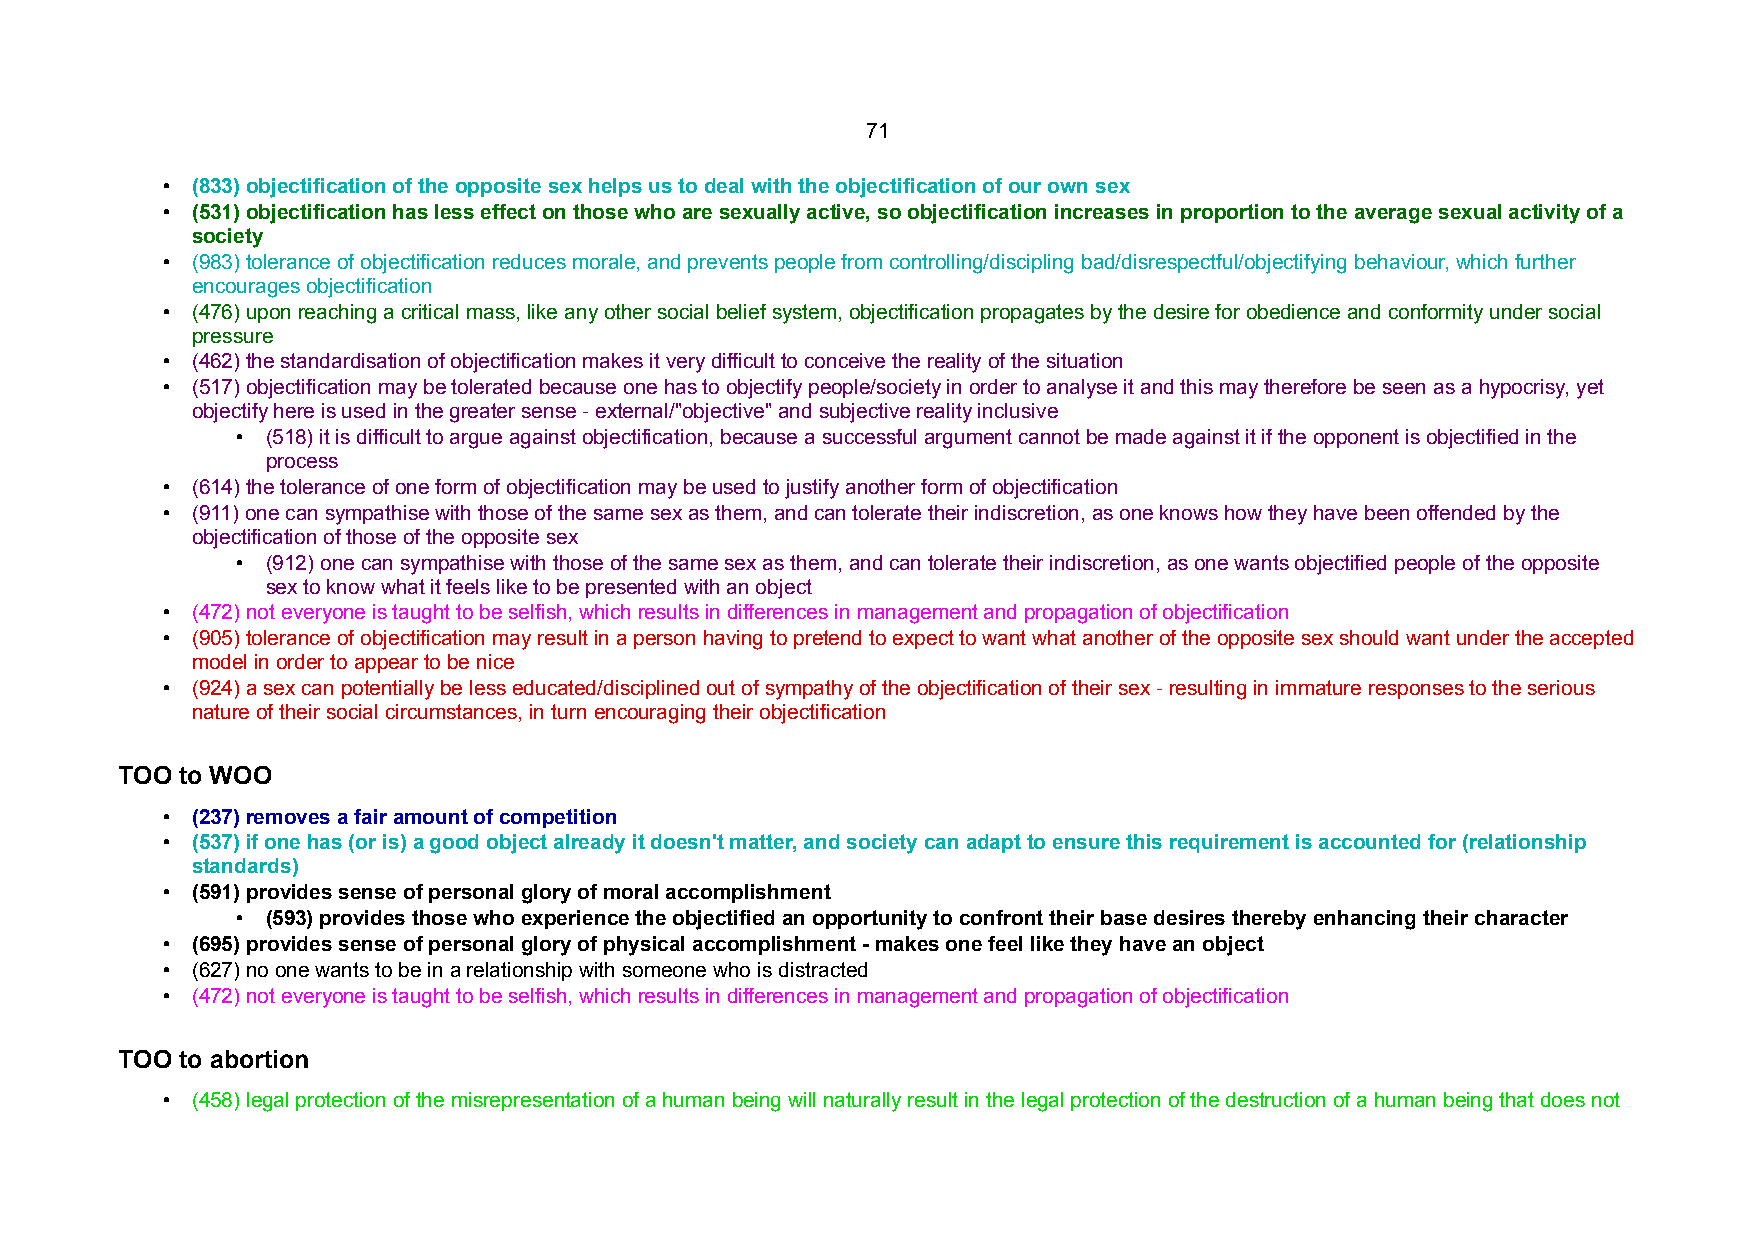
71
 • (833) objectification of the opposite sex helps us to deal with the objectification of our own sex
 • (531) objectification has less effect on those who are sexually active, so objectification increases in proportion to the average sexual activity of a
 society
 • (983) tolerance of objectification reduces morale, and prevents people from controlling/discipling bad/disrespectful/objectifying behaviour, which further
 encourages objectification
 • (476) upon reaching a critical mass, like any other social belief system, objectification propagates by the desire for obedience and conformity under social
 pressure
 • (462) the standardisation of objectification makes it very difficult to conceive the reality of the situation
 • (517) objectification may be tolerated because one has to objectify people/society in order to analyse it and this may therefore be seen as a hypocrisy, yet
 objectify here is used in the greater sense - external/"objective" and subjective reality inclusive
 • (518) it is difficult to argue against objectification, because a successful argument cannot be made against it if the opponent is objectified in the
 process
 • (614) the tolerance of one form of objectification may be used to justify another form of objectification
 • (911) one can sympathise with those of the same sex as them, and can tolerate their indiscretion, as one knows how they have been offended by the
 objectification of those of the opposite sex
 • (912) one can sympathise with those of the same sex as them, and can tolerate their indiscretion, as one wants objectified people of the opposite
 sex to know what it feels like to be presented with an object
 • (472) not everyone is taught to be selfish, which results in differences in management and propagation of objectification
 • (905) tolerance of objectification may result in a person having to pretend to expect to want what another of the opposite sex should want under the accepted
 model in order to appear to be nice
 • (924) a sex can potentially be less educated/disciplined out of sympathy of the objectification of their sex - resulting in immature responses to the serious
 nature of their social circumstances, in turn encouraging their objectification
 TOO to WOO
 • (237) removes a fair amount of competition
 • (537) if one has (or is) a good object already it doesn't matter, and society can adapt to ensure this requirement is accounted for (relationship
 standards)
 • (591) provides sense of personal glory of moral accomplishment
 • (593) provides those who experience the objectified an opportunity to confront their base desires thereby enhancing their character
 • (695) provides sense of personal glory of physical accomplishment - makes one feel like they have an object
 • (627) no one wants to be in a relationship with someone who is distracted
 • (472) not everyone is taught to be selfish, which results in differences in management and propagation of objectification
 TOO to abortion
 • (458) legal protection of the misrepresentation of a human being will naturally result in the legal protection of the destruction of a human being that does not